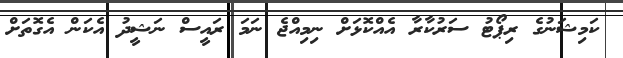
ކަމިޝަނުގެ ރިޕޯޓު ސަރުކާރާ އެއްކޮޅަށް ނިމިއްޖެ ނަމަ ރައީސް ނަޝީދު އެކަން އެގޮތަށް